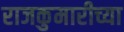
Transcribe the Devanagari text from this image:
राजकुमारीच्या